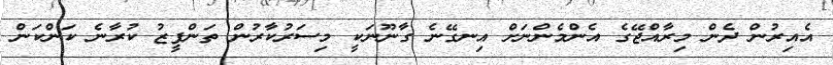
އެއިރުން ދެން މިރާއްޖޭގެ އެންމެންނަށް އިނގޭނެ ގާނޫނަކީ މިސަރުކާރުން ތަންފީޒު ކުރާނެ ކަންކަން